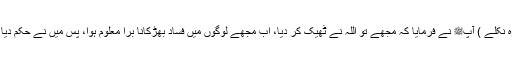
(یعنی وہ جو بال وغیرہ نکلے ) آپﷺ نے فرمایا کہ مجھے تو اللہ نے ٹھیک کر دیا، اب مجھے لوگوں میں فساد بھڑکانا بُرا معلوم ہوا، پس میں نے حکم دیا اور وہ دفن کر دیا گیا۔